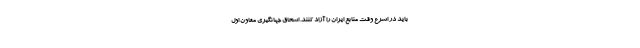
باید در اسرع وقت منابع ایران را آزاد کنند. اسحاق جهانگیری معاون اول